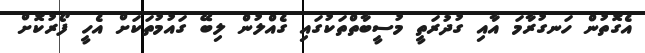
އެގޮތުން ހަނގުރާމަ އާއި ގުދުރަތީ މުސީބާތްތަކުގައި ގެއްލުން ލިބޭ ގައުމުތަކަށް އެހީ ފޯރުކޮށް